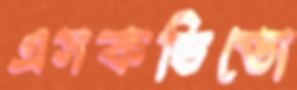
এসকন্ডিডো